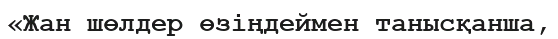
«Жан шөлдер өзіңдеймен танысқанша,